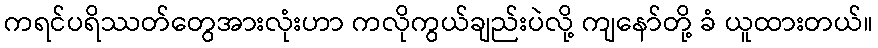
ကရင်ပရိဿတ်တွေအားလုံးဟာ ကလိုကွယ်ချည်းပဲလို့ ကျနော်တို့ ခံ ယူထားတယ်။